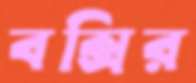
বক্সির